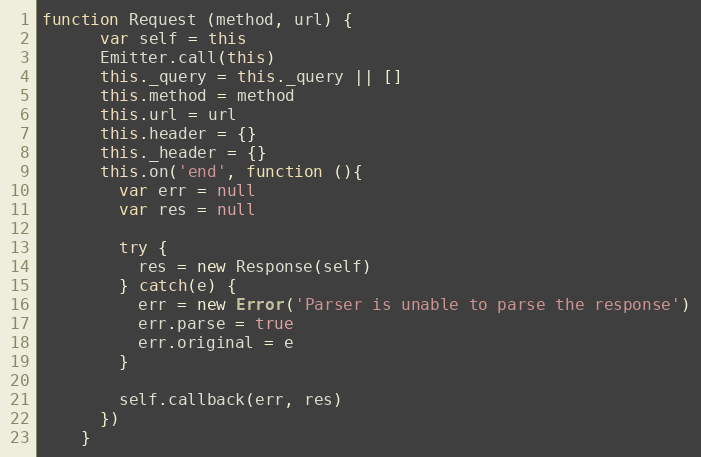
Language: JavaScript
function Request (method, url) {
      var self = this
      Emitter.call(this)
      this._query = this._query || []
      this.method = method
      this.url = url
      this.header = {}
      this._header = {}
      this.on('end', function (){
        var err = null
        var res = null

        try {
          res = new Response(self)
        } catch(e) {
          err = new Error('Parser is unable to parse the response')
          err.parse = true
          err.original = e
        }

        self.callback(err, res)
      })
    }